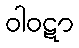
ဝါဝဋာ